Annual report of the Imperial Bacteriologist
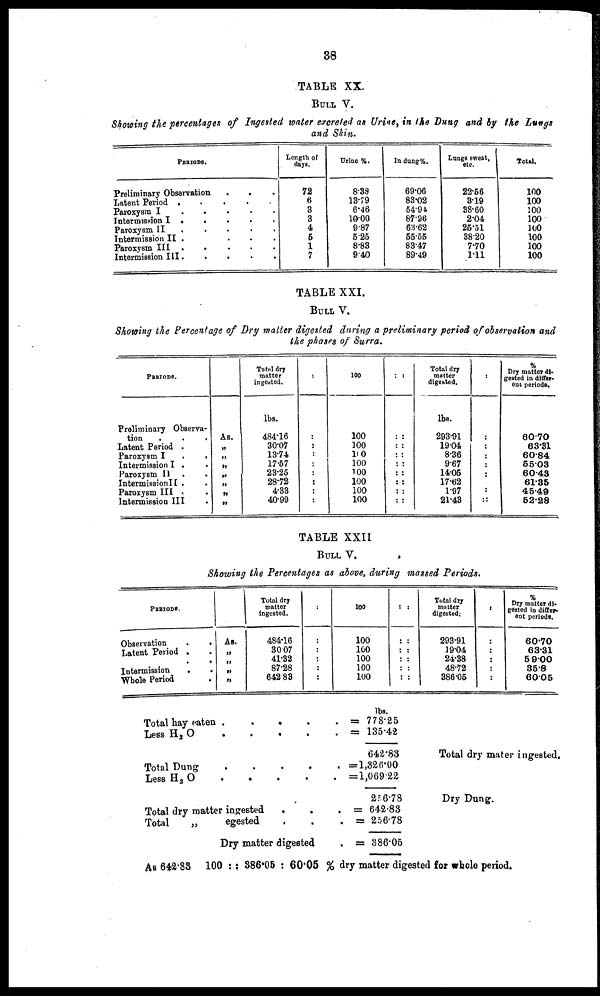
38
TABLE XX.
BULL V.
Showing the percentages of Ingested water excreted as Urine, in the Dung and by the Lungs
and Skin.
PERIODS.
Preliminary Observevation
Latent Period .
Paroxysm I .
Intermission I .
Paroxysm II
.
Intermission II .
Paroxysm III .
Intermission III.
.
.
.
.
.
.
.
.
.
.
.
.
.
.
.
.
.
.
.
.
.
.
.
.
.
.
.
.
.
.
.
.
Length of
days.
72
6
3
3
4
5
1
7
Urine %.
8.38
13.79
6.46
10.00
9.87
5.25
8.83
9.40
In dung%.
69.06
83.02
54.94
87.96
63.62
55.55
83.47
89.49
Lungs sweat,
etc.
22.56
3.19
38.60
2.04
25.51
38.20
7.70
1.11
Total.
100
100
100
100
100
100
100
100
TABLE XXI.
BULL V.
Showing the Percentage of Dry matter digested during a preliminary period of observation and
the phases of Surra.
PERIODS.
Preliminary Observa-
tion. .
Latent Period . .
Paroxysm I
.
.
Intermission I . .
Paroxysm II. .
IntermissionII . .
Paroxysm III . .
Intermission III. .
As.
„
„
„
„
„
„
„
Total dry
matter
ingosted.
lbs.
484.16
30.07
13.74
17.57
23.25
28.72
4.33
40.99
:
:
:
:
:
:
:
:
100
100
100
100
100
100
100
100
100
: :
: :
: :
: :
: :
: :
: :
: :
: :
Total dry
matter
digested.
lbs.
293.91
19.04
8.36
9.67
14.05
17.62
1.97
21.43
:
:
:
:
:
:
:
:
::
%
Dry mattor di-
gested in differ¬
ent periods.
60.70
63.31
60.84
55.03
60.43
61.35
45.49
52.28
TABLE XXII
BULL V.
Showing the Percentages as above, during massed Periods.
PERIODS.
Latent Period . .
Intermission
.
.
Whole Period .
As.
„
„
„
„
Total dry
484.16
30.07
41.32
87.28
642.83
.
:
:
:
:
:
100
100
100
100
100
100
: :
: :
: :
: :
: :
: :
Total
Dry
matter
digsted
293.91
19.04
24.38
48.72
386.05
:
:
:
:
:
:
Dry matter di-
gested in differ.
ent periods.
60.70
63.31
59.00
35.8
60.05
Total hay eaten .
.
.
Less
H 2 O
.
.
.
Total Dung . . .
Less
H 2 O
.
.
.
Total dry matter ingested
.
Total
„
egested
.
.
.
.
.
.
.
Dry matter digested
lbs.
= 778.25
=
135.42
642.83
= 1,326.00
= 1,069.22
256.78
= 642.83
= 256.78
= 386.05
Total dry mater ingested.
Dry Dung.
As 642.83 100 : : 386.05 : 60.05 % dry matter digested for whole period.